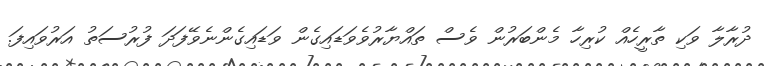
ދުރާލާ ވަކި ތާރީހެއް ކުރިހާ މެންބަރުން ވެސް ތައްޔާރުވެވަޑައިގެން ވަޑައިގެންނެވޭފަދަ ފުރުސަތު އަރުވައިފަ.